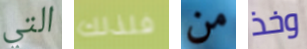
التي فلذلك من وخذ